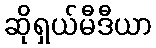
ဆိုရှယ်မီဒီယာ